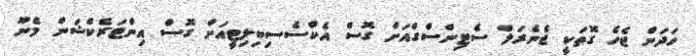
ހަދަން ޖެހެ ގޮތަކީ ޖެނެރަލް ސެޓިންސްގްއަށް ގޮސް އެކްސެސިބިލިޓީއަށް ގޮސް އިންޓަރެކްޝަން މެނޫ